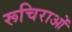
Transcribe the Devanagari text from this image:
रूचिराओं